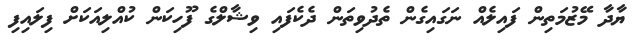
ޔާދާ މޭޒުމަތިން ފައިލެއް ނަގައިގެން ތެދުވިތަން ދެކެފައި ވިޝާލްގެ ފޫހިކަން ކުއްލިއަކަށް ފިލައިފި